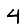
Digit: 4